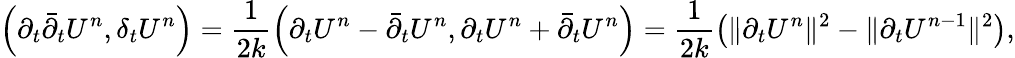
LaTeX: \left(\partial_{t}{\bar{\partial}}_{t}U^{n},\delta_{t}U^{n}\right)=\frac{1}{2k}\left(\partial_{t}U^{n}-{\bar{\partial}}_{t}U^{n},\partial_{t}U^{n}+{\bar{\partial}}_{t}U^{n}\right)=\frac{1}{2k}\left(\| \partial_{t}U^{n}\| ^{2}-\| \partial_{t}U^{n-1}\| ^{2}\right),